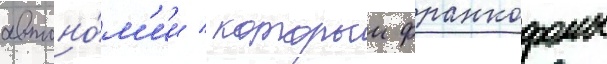
автоно́м'ии / которои франкофоны